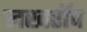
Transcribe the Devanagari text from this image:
लखरॉव